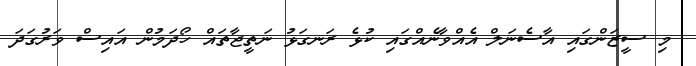
މި ސީޒަންގައި އާސެނަލް އެއްވާނެއްގައި ކުޅެ ރަނގަޅު ނަތީޖާތައް ހޯދަމުން އައިސް ވަރުގަދަ